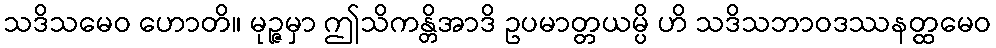
သဒိသမေဝ ဟောတိ။ မုဉ္ဇမှာ ဤသိကန္တိအာဒိ ဥပမာတ္တယမ္ပိ ဟိ သဒိသဘာဝဒဿနတ္ထမေဝ